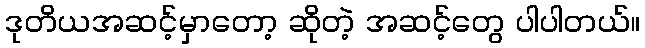
ဒုတိယအဆင့်မှာတော့ ဆိုတဲ့ အဆင့်တွေ ပါပါတယ်။